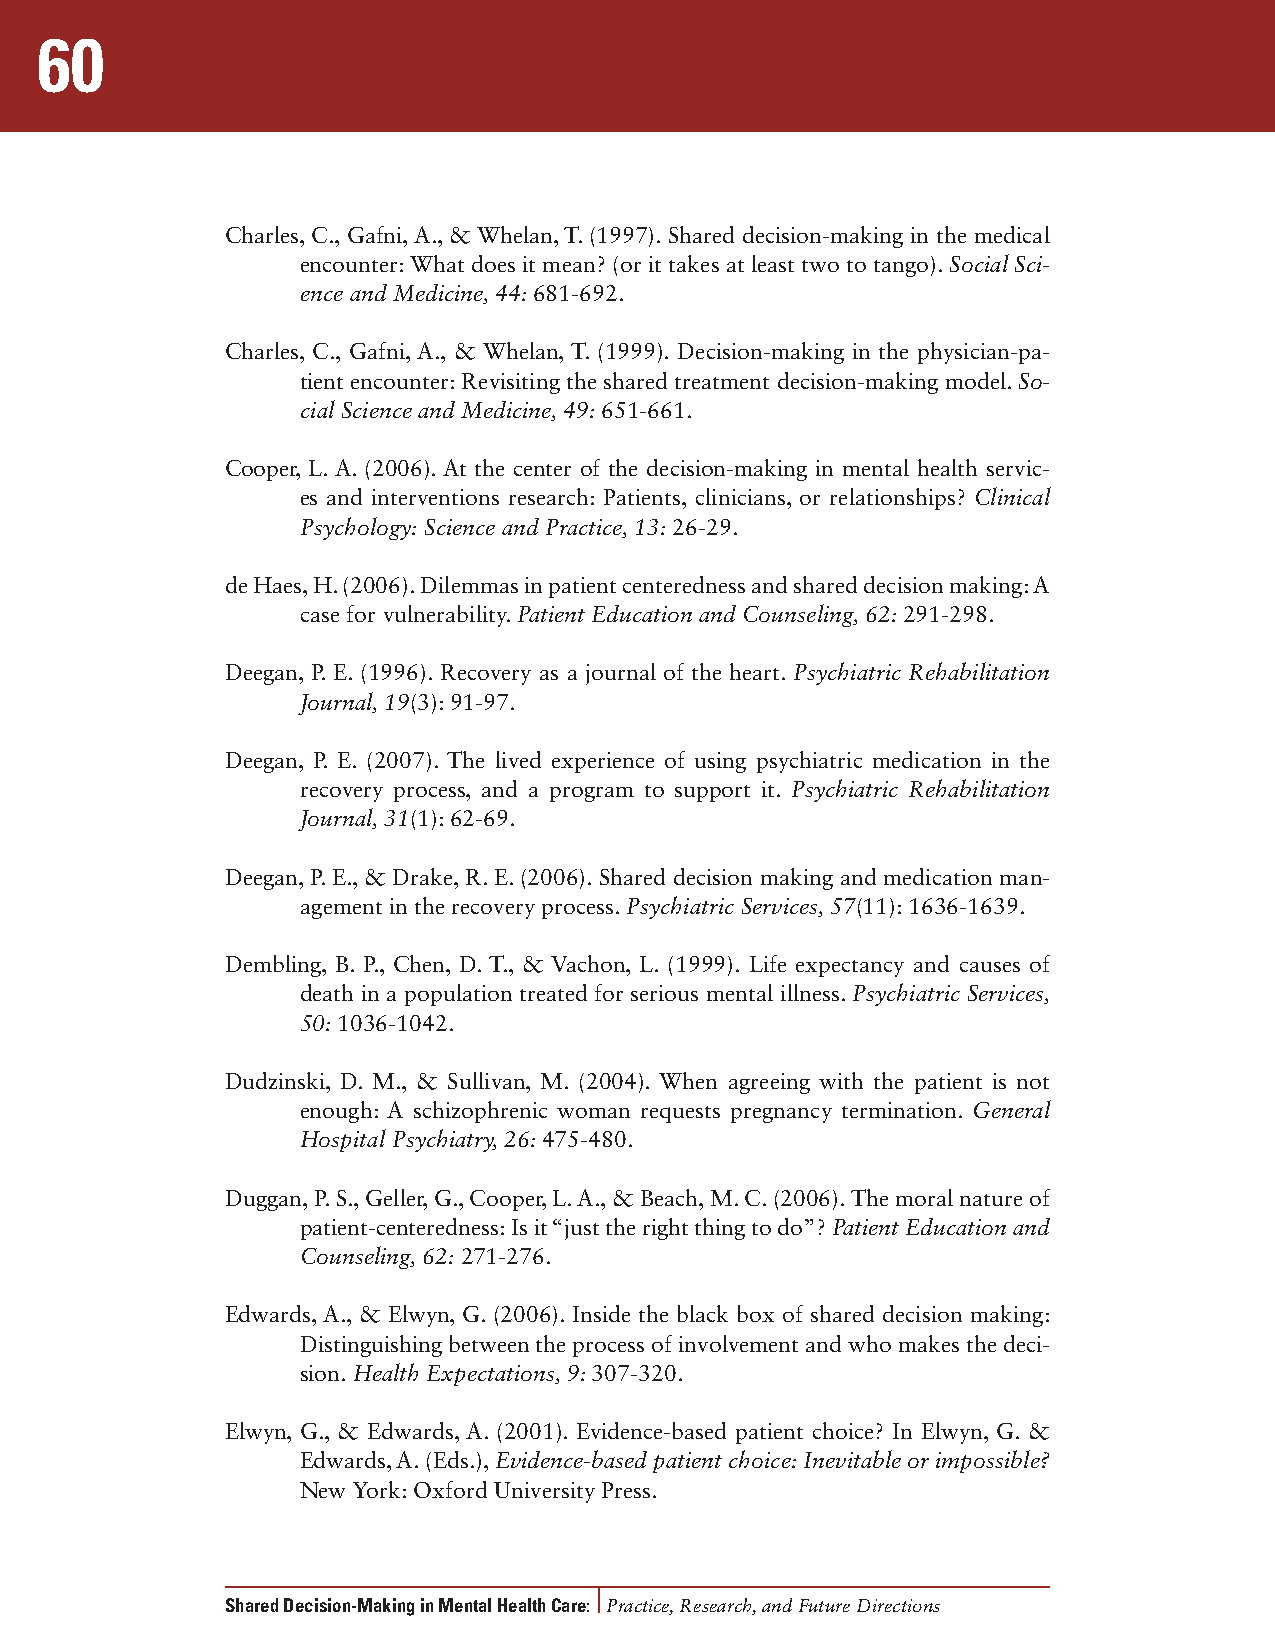
60
 Charles, C., Gafni, A., & Whelan, T. (1997). Shared decision-making in the medical
 encounter: What does it mean? (or it takes at least two to tango). Social Sci-
 ence and Medicine, 44: 681-692.
 Charles, C., Gafni, A., & Whelan, T. (1999). Decision-making in the physician-pa-
 tient encounter: Revisiting the shared treatment decision-making model. So-
 cial Science and Medicine, 49: 651-661.
 Cooper, L. A. (2006). At the center of the decision-making in mental health servic-
 es and interventions research: Patients, clinicians, or relationships? Clinical
 Psychology: Science and Practice, 13: 26-29.
 de Haes, H. (2006). Dilemmas in patient centeredness and shared decision making: A
 case for vulnerability. Patient Education and Counseling, 62: 291-298.
 Deegan, P. E. (1996). Recovery as a journal of the heart. Psychiatric Rehabilitation
 Journal, 19(3): 91-97.
 Deegan, P. E. (2007). The lived experience of using psychiatric medication in the
 recovery process, and a program to support it. Psychiatric Rehabilitation
 Journal, 31(1): 62-69.
 Deegan, P. E., & Drake, R. E. (2006). Shared decision making and medication man-
 agement in the recovery process. Psychiatric Services, 57(11): 1636-1639.
 Dembling, B. P., Chen, D. T., & Vachon, L. (1999). Life expectancy and causes of
 death in a population treated for serious mental illness. Psychiatric Services,
 50: 1036-1042.
 Dudzinski, D. M., & Sullivan, M. (2004). When agreeing with the patient is not
 enough: A schizophrenic woman requests pregnancy termination. General
 Hospital Psychiatry, 26: 475-480.
 Duggan, P. S., Geller, G., Cooper, L. A., & Beach, M. C. (2006). The moral nature of
 patient-centeredness: Is it “just the right thing to do”? Patient Education and
 Counseling, 62: 271-276.
 Edwards, A., & Elwyn, G. (2006). Inside the black box of shared decision making:
 Distinguishing between the process of involvement and who makes the deci-
 sion. Health Expectations, 9: 307-320.
 Elwyn, G., & Edwards, A. (2001). Evidence-based patient choice? In Elwyn, G. &
 Edwards, A. (Eds.), Evidence-based patient choice: Inevitable or impossible?
 New York: Oxford University Press.
 Shared Decision-Making in Mental Health Care: Practice, Research, and Future Directions